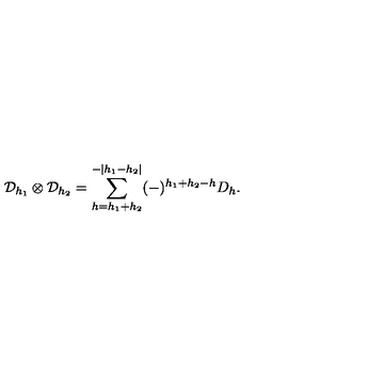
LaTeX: \mathcal { D } _ { h _ { 1 } } \otimes \mathcal { D } _ { h _ { 2 } } = \sum _ { h = h _ { 1 } + h _ { 2 } } ^ { - | h _ { 1 } - h _ { 2 } | } ( - ) ^ { h _ { 1 } + h _ { 2 } - h } D _ { h } .